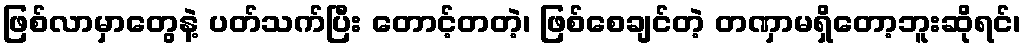
ဖြစ်လာမှာတွေနဲ့ ပတ်သက်ပြီး တောင့်တတဲ့၊ ဖြစ်စေချင်တဲ့ တဏှာမရှိတော့ဘူးဆိုရင်၊